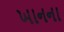
ખાનના